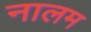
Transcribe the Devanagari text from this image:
नालम